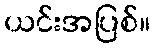
ယင်းအပြစ်။